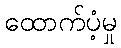
ထောက်ပံ့မှု